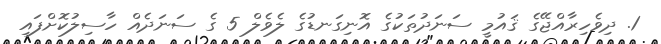
1. ދިވެހިރާއްޖޭގެ ޤައުމީ ސަނަދުތަކުގެ އޮނިގަނޑުގެ ލެވެލް 5 ގެ ސަނަދެއް ހާސިލުކޮށްފައި